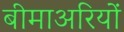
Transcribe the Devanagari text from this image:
बीमाअरियों